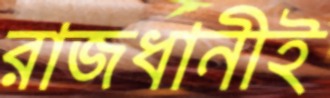
রাজধানীই